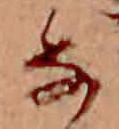
な